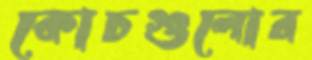
কোচগুলোর